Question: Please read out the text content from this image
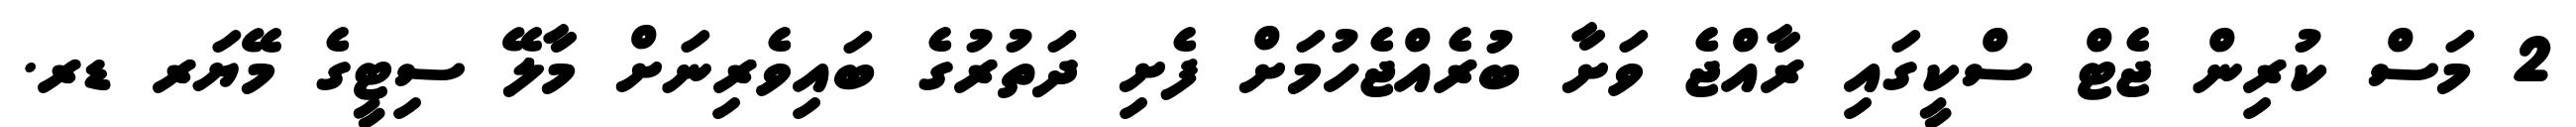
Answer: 2 މަސް ކުރިން ޖެޓް ސްކީގައި ރާއްޖެ ވަށާ ބުރެއްޖެހުމަށް ފެށި ދަތުރުގެ ބައިވެރިނަށް މާލޭ ސިޓީގެ މޭޔަރ ޑރ.